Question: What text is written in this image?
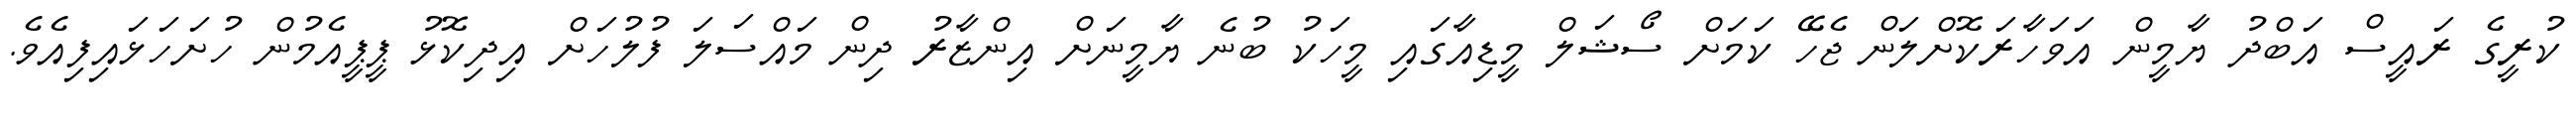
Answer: ކުރީގެ ރައީސް އަބްދު ޔާމީން އަވަހާރަކޮށްލަން ޖެހޭ ކަމަށް ސޯޝަލް މީޑިއާގައި މީހަކު ބުނެ ޔާމީނަށް އިންޒާރު ދިން މައްސަލަ ފުލުހަށް އިދިކޮޅު ޕީޕީއެމުން ހުށަހަޅައިފިއެވެ.